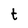
Character: t